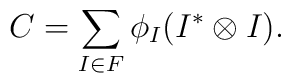
C = \sum_{I \in F} \phi_I (I^* \otimes I).